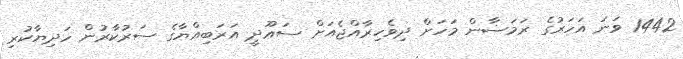
1442 ވަނަ އަހަރުގެ ރަމަޟާން މަހަށް ދިވެހިރާއްޖެއަށް ސަޢޫދީ އަރަބިއްޔާގެ ސަރުކާރުން ހަދިޔާކުރި